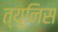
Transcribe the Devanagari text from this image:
त्यूनिस